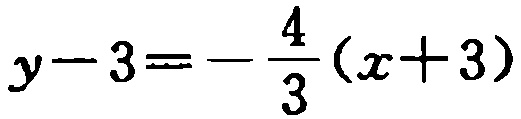
\(y - 3 = -\frac{4}{3}(x + 3)\)